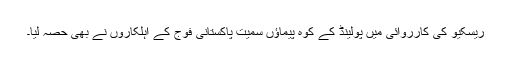
ريسکيو کی کارروائی ميں پولينڈ کے کوہ پيماؤں سميت پاکستانی فوج کے اہلکاروں نے بھی حصہ ليا۔